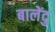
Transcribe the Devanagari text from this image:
बालेंदु